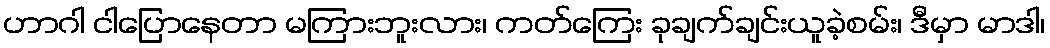
ဟာဂါ ငါပြောနေတာ မကြားဘူးလား၊ ကတ်ကြေး ခုချက်ချင်းယူခဲ့စမ်း၊ ဒီမှာ မာဒါ၊